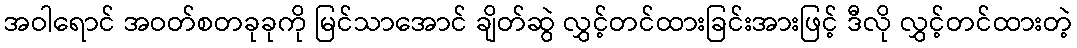
အဝါရောင် အဝတ်စတခုခုကို မြင်သာအောင် ချိတ်ဆွဲ လွှင့်တင်ထားခြင်းအားဖြင့် ဒီလို လွှင့်တင်ထားတဲ့